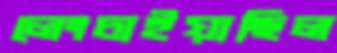
লেংচাইয়াছিল